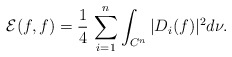
\begin{align*}\mathcal{E} (f,f) = \frac{1}{4} \, \sum_{i=1}^n \int_{C^n} |D_i(f)|^2 d\nu. \end{align*}